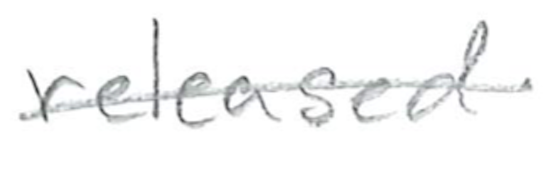
Text: released
Cross-out: single-line
Writing tool: pencil